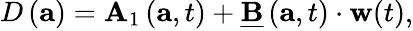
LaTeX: \begin{array}{r}{\begin{array}{r}{D\left(\mathbf{a}\right)=\mathbf{A}_{1}\left(\mathbf{a},t\right)+\underline{{\mathbf{B}}}\left(\mathbf{a},t\right)\cdot\mathbf{w}(t)}\end{array}}\end{array},